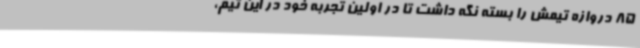
85 دروازه تیمش را بسته نگه داشت تا در اولین تجربه خود در این تیم،